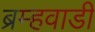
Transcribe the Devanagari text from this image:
ब्रम्हवाडी